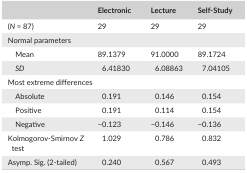
<table><thead><tr><td></td><td><b>Electronic</b></td><td><b>Lecture</b></td><td><b>Self‐Study</b></td></tr></thead><tbody><tr><td>(<i>N </i>= 87)</td><td>29</td><td>29</td><td>29</td></tr><tr><td colspan="4">Normal parameters</td></tr><tr><td>Mean</td><td>89.1379</td><td>91.0000</td><td>89.1724</td></tr><tr><td><i>SD</i></td><td>6.41830</td><td>6.08863</td><td>7.04105</td></tr><tr><td colspan="4">Most extreme differences</td></tr><tr><td>Absolute</td><td>0.191</td><td>0.146</td><td>0.154</td></tr><tr><td>Positive</td><td>0.191</td><td>0.114</td><td>0.154</td></tr><tr><td>Negative</td><td>−0.123</td><td>−0.146</td><td>−0.136</td></tr><tr><td>Kolmogorov‐Smirnov <i>Z</i> test</td><td>1.029</td><td>0.786</td><td>0.832</td></tr><tr><td>Asymp. Sig. (2‐tailed)</td><td>0.240</td><td>0.567</td><td>0.493</td></tr></tbody></table>